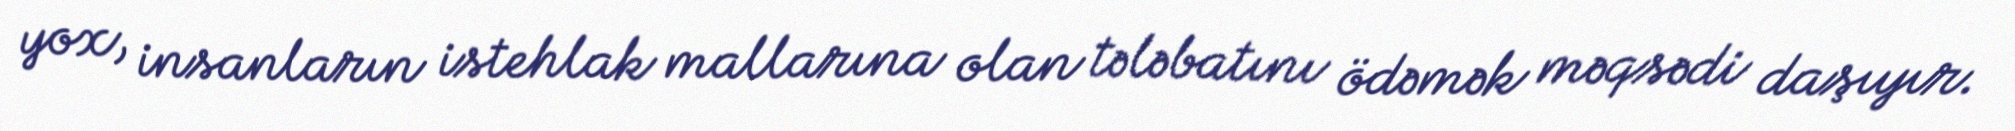
yox, insanların istehlak mallarına olan tələbatını ödəmək məqsədi daşıyır.